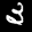
Label: 3